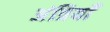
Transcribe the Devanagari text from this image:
अंत्रियाँ